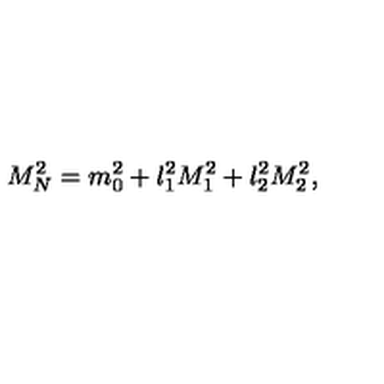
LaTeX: M _ { N } ^ { 2 } = m _ { 0 } ^ { 2 } + l _ { 1 } ^ { 2 } M _ { 1 } ^ { 2 } + l _ { 2 } ^ { 2 } M _ { 2 } ^ { 2 } ,